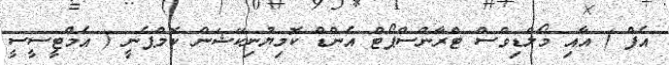
އެފް ) އާއި މޯލްޑިވްސް ޓްރާންސްޕޯޓް އެންޑް ކޮމިޔުނިކޭޝަން ކޮމްޕެނީ ( އެމްޓީސީސީ